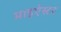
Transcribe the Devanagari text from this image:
माइऐस्टर